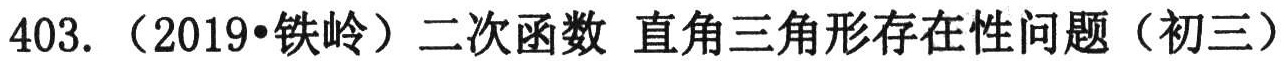
403. （2019•铁岭）二次函数 直角三角形存在性问题（初三）